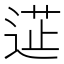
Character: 𮞟